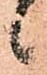
候